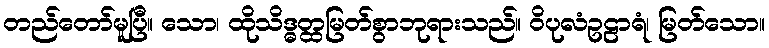
တည်တော်မူပြီ။ သော၊ ထိုသိဒ္ဓတ္ထမြတ်စွာဘုရားသည်။ ဝိပုလံဥဠာရံ၊ မြတ်သော။